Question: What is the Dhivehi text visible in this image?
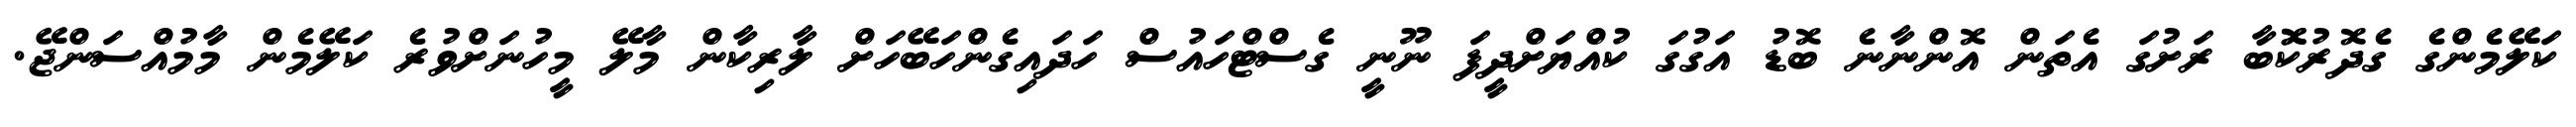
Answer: ކަލޭމެންގެ ގެދޮރުކޮޮބާ ރަށުގަ އެތަން އޮންނާނެ ބޮޑު އަގުގަ ކުއްޔަށްދީފަ ނޫނީ ގެސްޓްހައުސް ހަދައިގެންހަބޭހަށް ލާރިކާން މާލޭ މީހުނަށްވުރެ ކަލޭމެން މާމުއްސަންޖޭ.